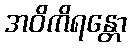
အဝိကိရန္တော